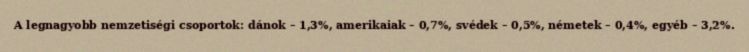
A legnagyobb nemzetiségi csoportok: dánok – 1,3%, amerikaiak – 0,7%, svédek – 0,5%, németek – 0,4%, egyéb – 3,2%.